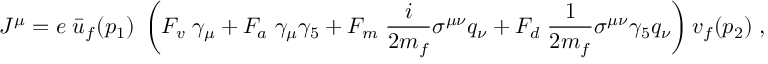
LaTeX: J ^ { \mu } = e \; \bar { u } _ { f } ( p _ { 1 } ) \; \left( F _ { v } \; \gamma _ { \mu } + F _ { a } \; \gamma _ { \mu } \gamma _ { 5 } + F _ { m } \; \frac { i } { 2 m _ { f } } \sigma ^ { \mu \nu } q _ { \nu } + F _ { d } \; \frac { 1 } { 2 m _ { f } } \sigma ^ { \mu \nu } \gamma _ { 5 } q _ { \nu } \right) v _ { f } ( p _ { 2 } ) \; ,